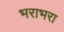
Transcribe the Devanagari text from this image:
भराभरा